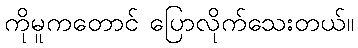
ကိုမူကတောင် ပြောလိုက်သေးတယ်။